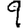
Digit: 9